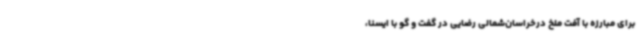
برای مبارزه با آفت ملخ درخراسان‌شمالی رضایی در گفت و گو با ایسنا،